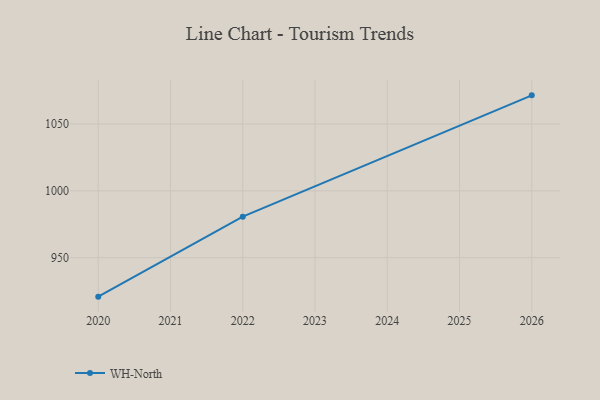
{"axis": {"x": "Year", "y": "Operating Costs (USD K)"}, "legend": ["WH-North"], "data": [{"x": "2020", "y": 920.8, "type": "WH-North"}, {"x": "2022", "y": 980.7, "type": "WH-North"}, {"x": "2026", "y": 1071.5, "type": "WH-North"}]}